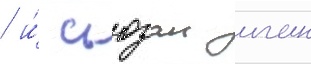
/ и́ сьюзан иган